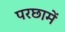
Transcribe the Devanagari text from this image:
परछामें